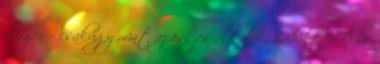
plugin - csakúgy mint az összes általam próbált SDR#